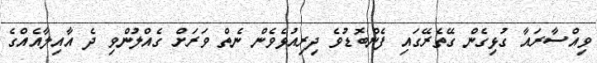
ވިއްސާރައާ ގުޅިގެން ގޭތެރޭގައި ފެންބޮޑުވެ ދިރިއުޅެވެން ނެތް ވަރަށް ގެއްލުންވި ދެ އާއިލާއެއްގެ